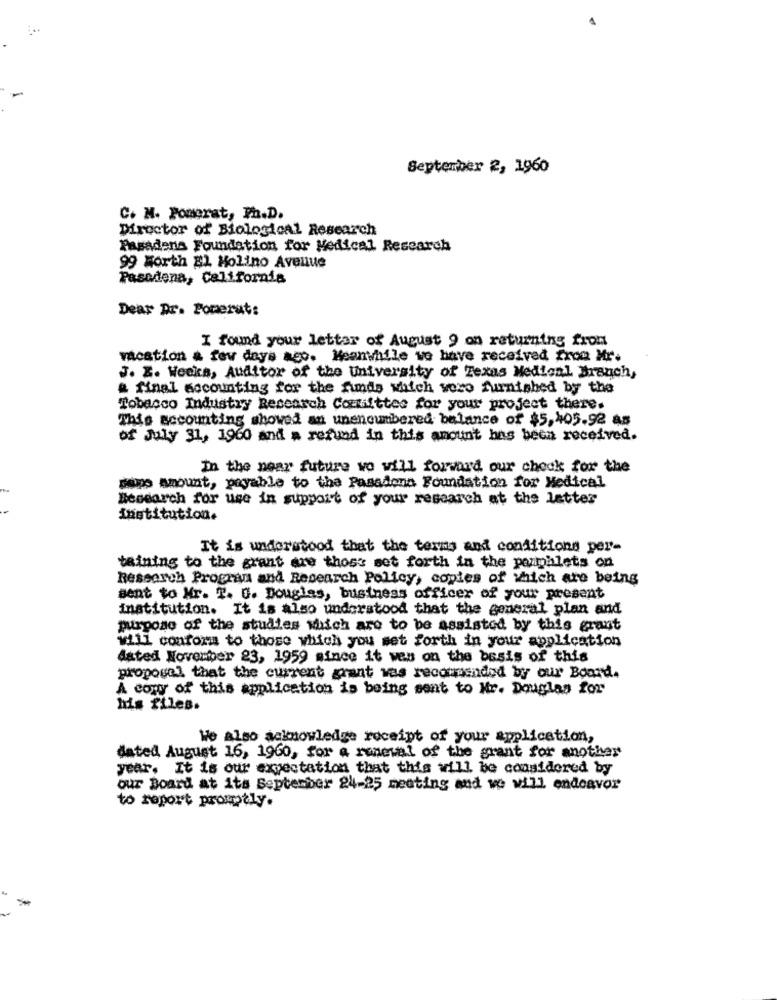
September 2, 1960
C. M. Pomerat, Ph.D.
Director of Biological Research
Pasadena Foundation for Medical Research
99 Worth EL Molino Avenue
Pasadena, California
Dear Dr. Porerat:
I found your letter of August 9 on returning fron
vacation a few days ago. Meanwhile we have received from Mr.
J. E. Weeks, Auditor of the University of Texas Medical Brauch,
& final accounting for the funds which vero furnished by the
Tobacco Industry Research Committee for your project there.
This accounting showed an unencumbered balance of $5,405.92 as
of July 31, 1960 and a refund in this amount has been received.
In the near future wo will forward our check for the
same amount, payable to the Pasadona Foundation for Medical
Besearch for use in support of your research at the letter
institution.
It is understood that the terms and conditions per-
taining to the grant are thoss set forth in the porpalets on
Research Program and Research Policy, copies of which are being
sent to Mr. T. G. Douglas, business officer of your present
institution. It is also understood that the general plan and
purpose of the studies which are to be assisted by this grant
vill conform to those which you set forth in your application
dated November 23, 1959 since it wes on the basis of this
proposal that the current grant vas recommended by our Board.
A comy of this application is being sent to Mr. Douglas for
his files.
We also acknowledge receipt of your application,
dated August 16, 1960, for a renewal of the grant for another
year. It is our expectation that this will be considered by
our Board at its September 24-25 meeting and we will endeavor
to report promptly.